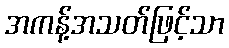
အကန့်အသတ်ဖြင့်သာ